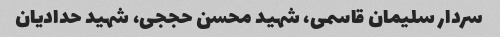
سردار سلیمان قاسمی، شهید محسن حججی، شهید حدادیان